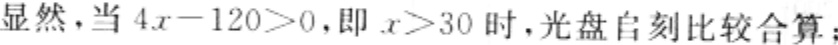
显然，当 \(4x - 120 > 0\)，即 \(x > 30\) 时，光盘自刻比较合算；